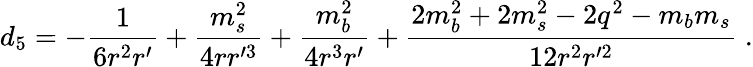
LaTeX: d_{5}=-{\frac{1}{6r^{2}r^{\prime}}}+{\frac{m_{s}^{2}}{4rr^{\prime 3}}}+{\frac{m_{b}^{2}}{4r^{3}r^{\prime}}}+{\frac{2m_{b}^{2}+2m_{s}^{2}-2q^{2}-m_{b}m_{s}}{12r^{2}r^{\prime 2}}}\; .